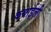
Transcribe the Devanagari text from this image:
कबाईली